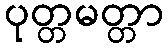
ပုတ္တမတ္တာ